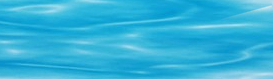
main st